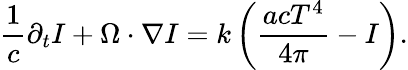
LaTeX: \frac{1}{c}\partial_{t}I+\Omega\cdot\nabla I=k\left(\frac{acT^{4}}{4\pi}-I\right).